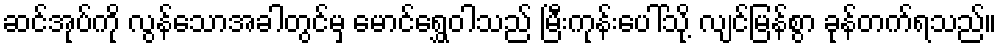
ဆင်အုပ်ကို လွန်သောအခါတွင်မှ မောင်ရွှေဝါသည် မြီးကုန်းပေါ်သို့ လျင်မြန်စွာ ခုန်တက်ရသည်။